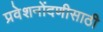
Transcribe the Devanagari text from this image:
प्रवेशनोंदणीसाठी